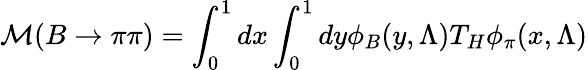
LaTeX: {\cal M}(B\to\pi\pi)=\int_{0}^{1}dx\int_{0}^{1}dy\phi_{B}(y,\Lambda)T_{H}\phi_{\pi}(x,\Lambda)